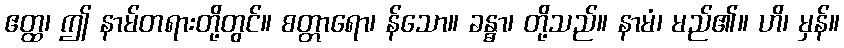
ဧတ္ထ၊ ဤ နာမ်တရားတို့တွင်။ စတ္တာရော၊ န်သော။ ခန္ဓာ၊ တို့သည်။ နာမံ၊ မည်၏။ ဟိ၊ မှန်။